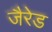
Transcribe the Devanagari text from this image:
जैरेड